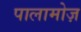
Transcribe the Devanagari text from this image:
पालामोज़